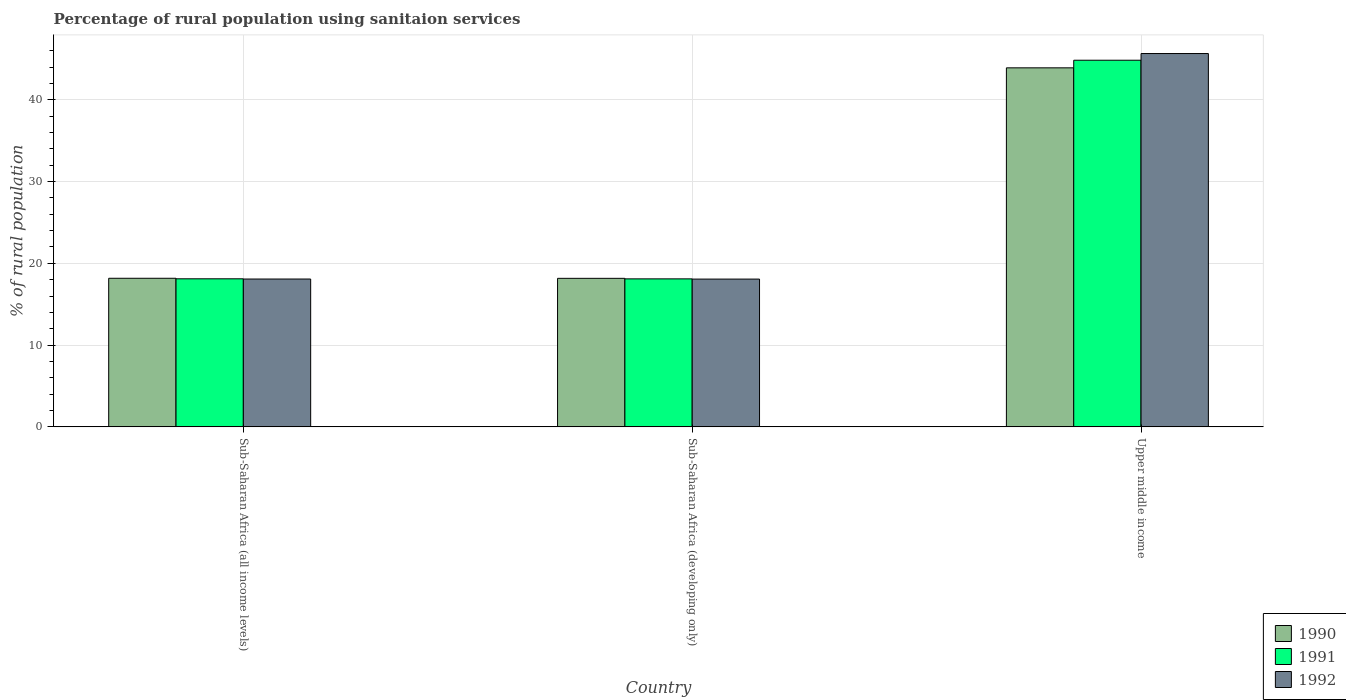
| Country | 1990 | 1991 | 1992 |
 | --- | --- | --- | --- |
 | Sub-Saharan Africa (all income levels) | 18.2 | 18.1 | 18.1 |
 | Sub-Saharan Africa (developing only) | 18.2 | 18.1 | 18.1 |
 | Upper middle income | 43.9 | 44.8 | 45.6 |